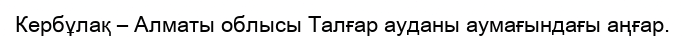
Кербұлақ – Алматы облысы Талғар ауданы аумағындағы аңғар.